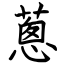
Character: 蔥